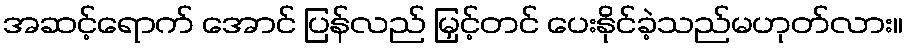
အဆင့်ရောက် အောင် ပြန်လည် မြှင့်တင် ပေးနိုင်ခဲ့သည်မဟုတ်လား။